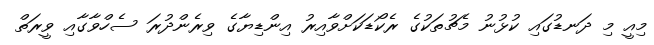
މިއީ މި ދަނޑުގައި ކުޅުނު މެޗުތަކުގެ ރެކޯޑަކަށްވާއިރު އިންޑިޔާގެ ވިރެންދުރަ ސެހްވާގާއި ވީރަތް